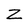
Character: Z